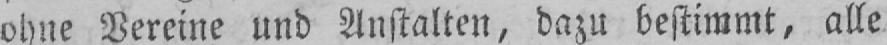
ohne Vereine und Anstalten, dazu bestimmt, alle